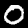
Digit: 0